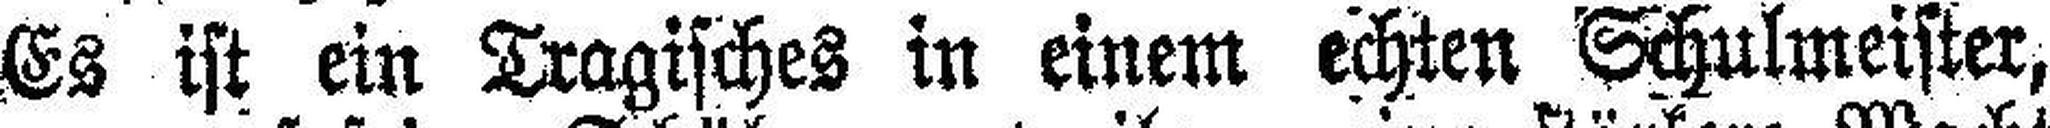
Es ist ein Tragisches in einem echten Schulmeister,